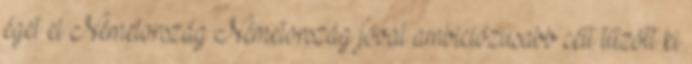
éget el Németország Németország jóval ambiciózusabb célt tűzött ki